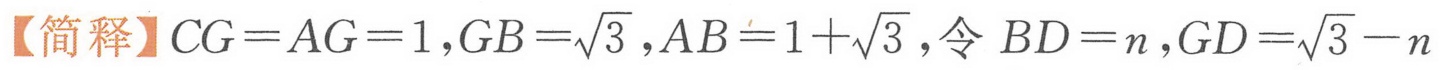
【简释】\(CG = AG = 1\), \(GB=\sqrt{3}\), \(AB = 1+\sqrt{3}\), 令 \(BD = n\), \(GD=\sqrt{3}-n\)